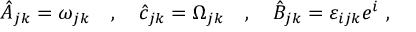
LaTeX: \hat { A } _ { j k } = \omega _ { j k } \quad , \quad \hat { c } _ { j k } = \Omega _ { j k } \quad , \quad \hat { B } _ { j k } = \varepsilon _ { i j k } e ^ { i } \ ,